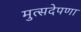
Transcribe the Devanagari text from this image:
मुत्सदेपणा